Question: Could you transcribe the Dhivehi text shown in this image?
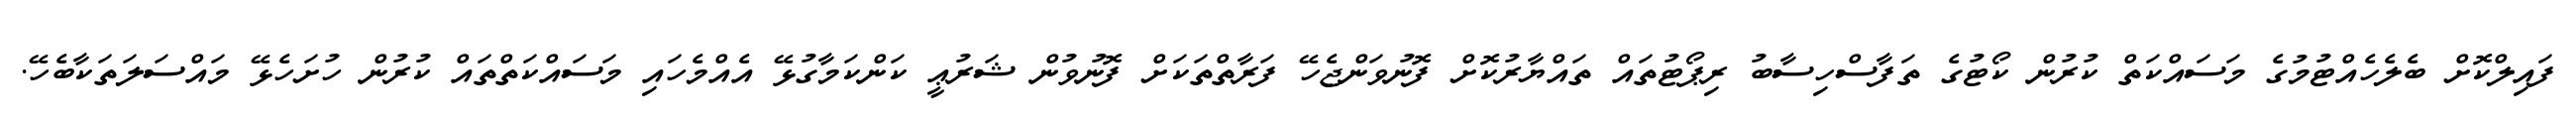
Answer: ފައިލްކޮށް ބެލެހެއްޓުމުގެ މަސައްކަތް ކުރުން ކޯޓުގެ ތަފާސްހިސާބު ރިޕޯޓުތައް ތައްޔާރުކޮށް ފޮނުވަންޖެހޭ ފަރާތްތަކަށް ފޮނުވުން ޝަރުޢީ ކަންކަމާގުޅޭ އެއްމެހައި މަސައްކަތްތައް ކުރުން ހުށަހެޅޭ މައްސަލަތަކާބެހޭ.